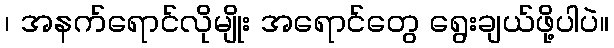
၊ အနက်ရောင်လိုမျိုး အရောင်တွေ ရွေးချယ်ဖို့ပါပဲ။